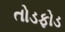
તોડફોડ